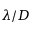
\lambda / D